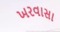
ખરવાસા